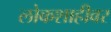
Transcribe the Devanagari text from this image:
लोकशाहीवर